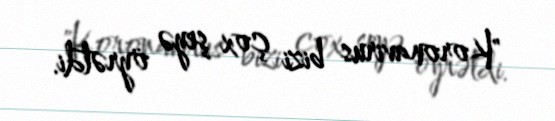
"Koronavirus bizi çox şeyə öyrətdi.